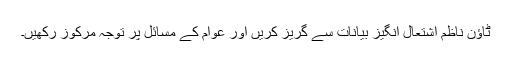
ٹاؤن ناظم اشتعال انگیز بیانات سے گریز کریں اور عوام کے مسائل پر توجہ مرکوز رکھیں۔